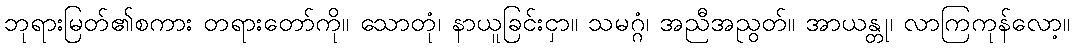
ဘုရားမြတ်၏စကား တရားတော်ကို။ သောတုံ၊ နာယူခြင်းငှာ။ သမဂ္ဂံ၊ အညီအညွတ်။ အာယန္တု၊ လာကြကုန်လော့။